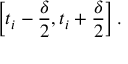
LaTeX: \left[ t _ { i } - { \frac { \delta } { 2 } } , t _ { i } + { \frac { \delta } { 2 } } \right] .